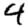
Digit: 4